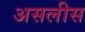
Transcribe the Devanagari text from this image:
असलीस